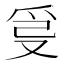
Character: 𤔂